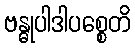
ဗန္ဓုပါဒါပစ္စေတိ